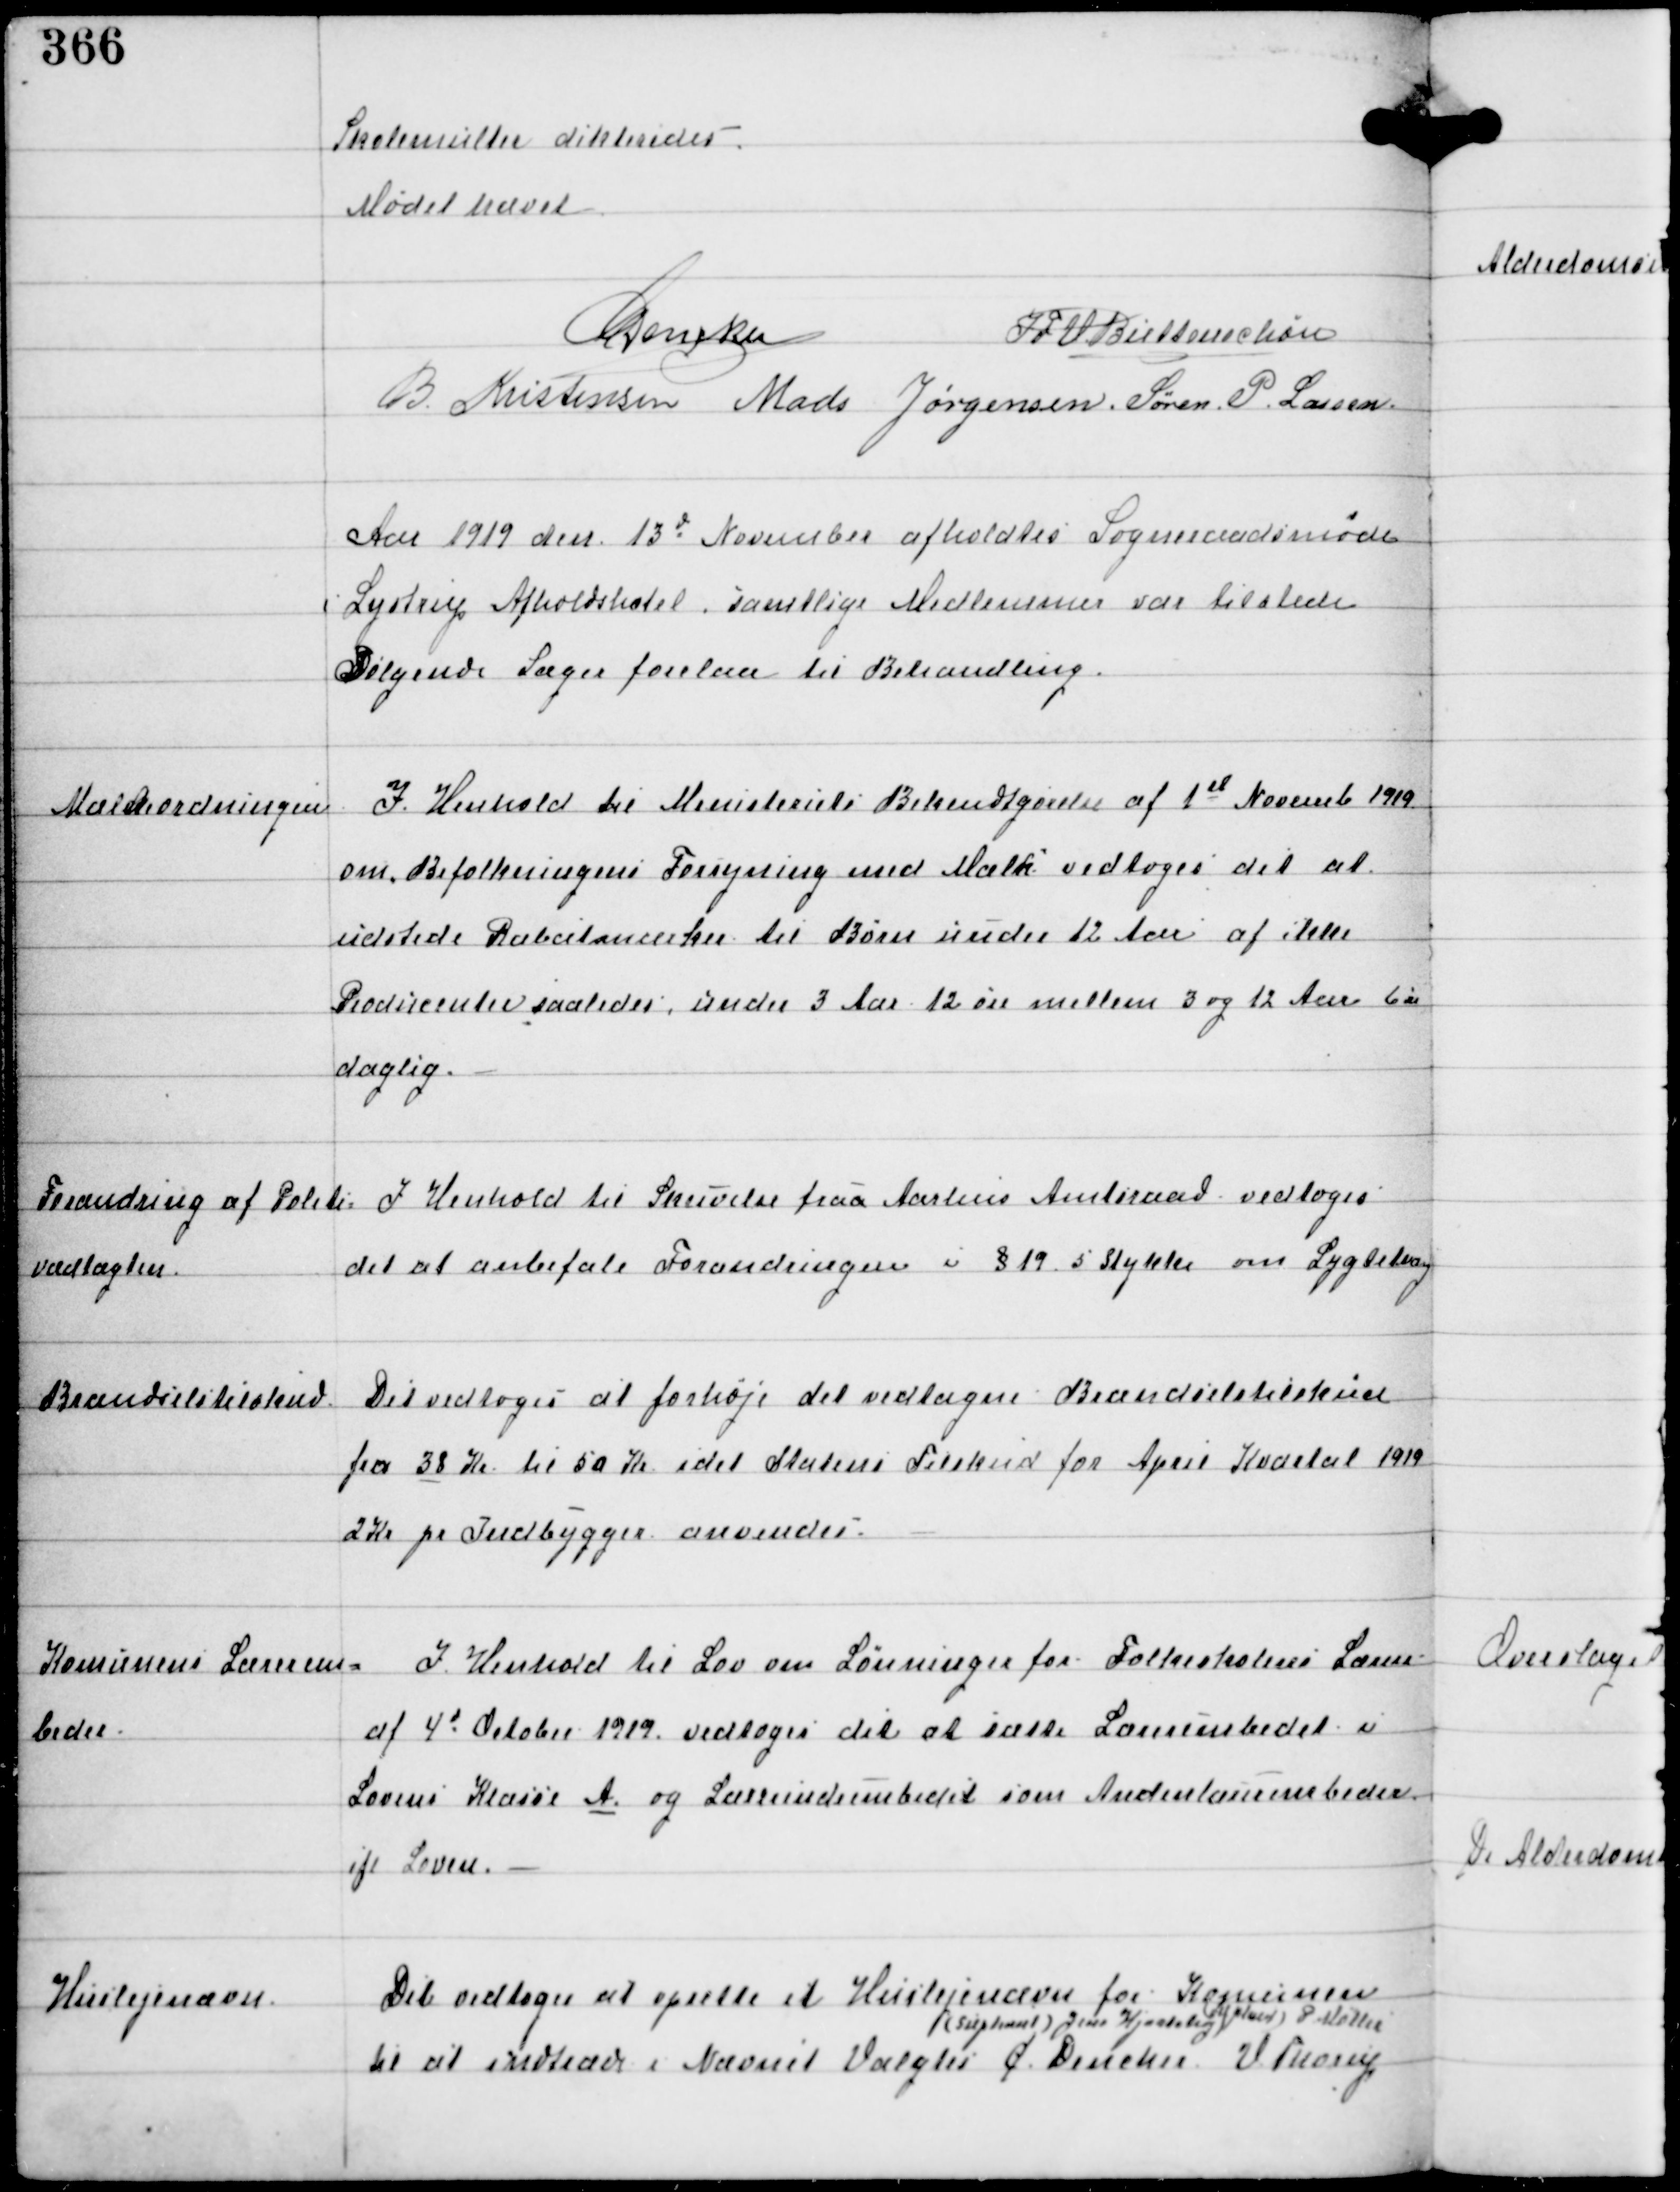
Transskription:
Skolemulter dikteredes.

Mødet hævet
C Dencker
IFV Buttenschøn
B. Kristensen Mads Jørgensen Søren P. Lassen

Aar 1919 den 13de November afholdtes Sogneraadsmøde
i Lystrup Afholdshotel, samtlige Medlemmer var tilstede
Følgende Sager forelaa til Behandling.

Mælkeordningen

I Henhold til Ministeriets Bekendtgørelse af 1st Novemb 1919
om Befolkningens Forsyning med Mælk vedtoges det at
udstede Rabatmærker til Børn under 12 Aar af ikke
Producenter saaledes, under 3 Aar 12 øre mellem 3 og 12 Aar 6 øre
daglig.

Forandring af Politi-
vedtægten.

I Henhold til Skrivelse fraa Aarhus Amtsraad vedtoges
det at anbefale Forandringen i §19 5 Stykke om Lygtetvang

Brændselstilskud

Det vedtoges at forhøje det vedtagne Brændselstilskud
fra 38 Kr til 50 Kr idet Statens Tilskud fra April Kvartal 1919
2 Kr pr Indbygger anvendes.

Komunens Lærerem-
beder.

I Henhold til Lov om Lønninger for Folkeskolens Lærere
af 4de October 1919 vedtoges det at sætte Lærerembedet u
Lovens Klasse A og Lærerindeembedet som Andenlærerembeder
ifl Loven.

Huslejenævn

Det vedtoges at oprette et Huslejenævn for Komunen
til at indtræde i Nævnet Valgtes C Dencker
/ (supleant) Jens Hjortshøj
V Thorup
(supleant) P Møller